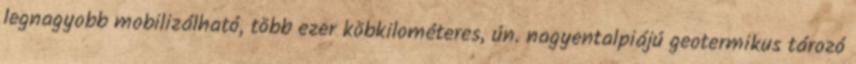
legnagyobb mobilizálható, több ezer köbkilométeres, ún. nagyentalpiájú geotermikus tározó